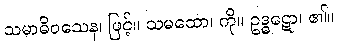
သမာဓိဝသေန၊ ဖြင့်။ သမထော၊ ကို။ ဥဒ္ဓဋော၊ ၏။